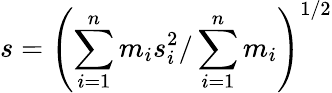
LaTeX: s=\left(\sum_{i=1}^{n}m_{i}s_{i}^{2}/\sum_{i=1}^{n}m_{i}\right)^{1/2}